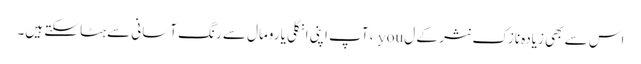
اس سے بھی زیادہ نازک نثر کے ل you ، آپ اپنی انگلی یا رومال سے رنگ آسانی سے ہٹا سکتے ہیں۔